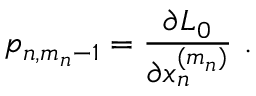
p _ { n , m _ { n } - 1 } = \frac { \partial L _ { 0 } } { \partial x _ { n } ^ { ( m _ { n } ) } } \ .